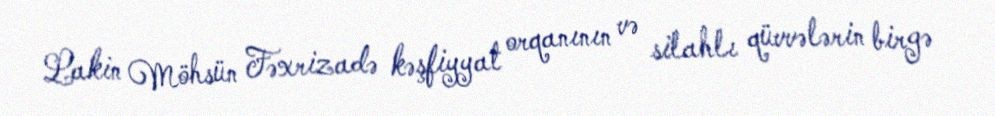
Lakin Möhsün Fəxrizadə kəşfiyyat orqanının və silahlı qüvvələrin birgə